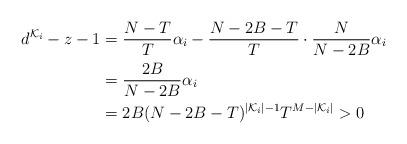
LaTeX: \begin{align*}d^{\mathcal{K}_i}-z-1&=\frac{N-T}{T} \alpha_i -\frac{N-2B-T}{T} \cdot \frac{N}{N-2B} \alpha_i \\&=\frac{2B}{N-2B} \alpha_i \\&=2B(N-2B-T)^{|\mathcal{K}_i|-1} T^{M-|\mathcal{K}_i|} >0\end{align*}